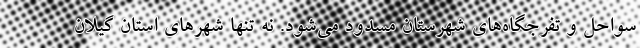
سواحل و تفرجگاه‌های شهرستان مسدود می‌شود. نه تنها شهرهای استان گیلان